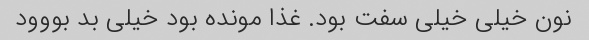
نون خیلی خیلی سفت بود. غذا مونده بود خیلی بد بووود